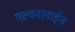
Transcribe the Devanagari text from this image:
एल्कालाईन